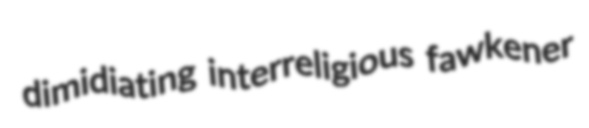
dimidiating interreligious fawkener